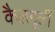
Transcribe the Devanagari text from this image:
कैलगूर्ली